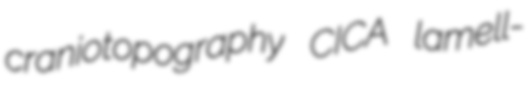
craniotopography CICA lamell-